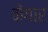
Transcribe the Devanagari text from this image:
केंगार